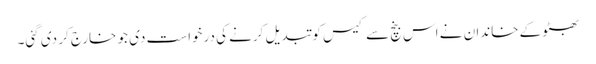
بھٹو کے خاندان نے اس بنچ سے کیس کو تبدیل کرنے کی درخواست دی جو خارج کر دی گئی۔